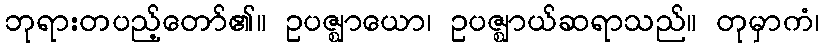
ဘုရားတပည့်တော်၏။ ဥပဇ္ဈာယော၊ ဥပဇ္ဈာယ်ဆရာသည်။ တုမှာကံ၊